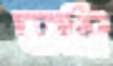
ভস